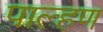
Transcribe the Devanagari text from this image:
पाल्हण